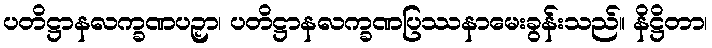
ပတိဋ္ဌာနလက္ခဏပဉှာ၊ ပတိဋ္ဌာနလက္ခဏပြဿနာမေးခွန်းသည်။ နိဋ္ဌိတာ၊